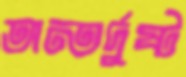
অন্তর্দুষ্ট